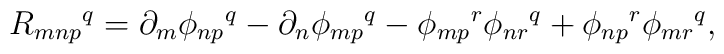
R_{mnp}{}^q = \partial_m \phi_{np}{}^q - \partial_n \phi_{mp}{}^q    - \phi_{mp}{}^r \phi_{nr}{}^q + \phi_{np}{}^r \phi_{mr}{}^q,